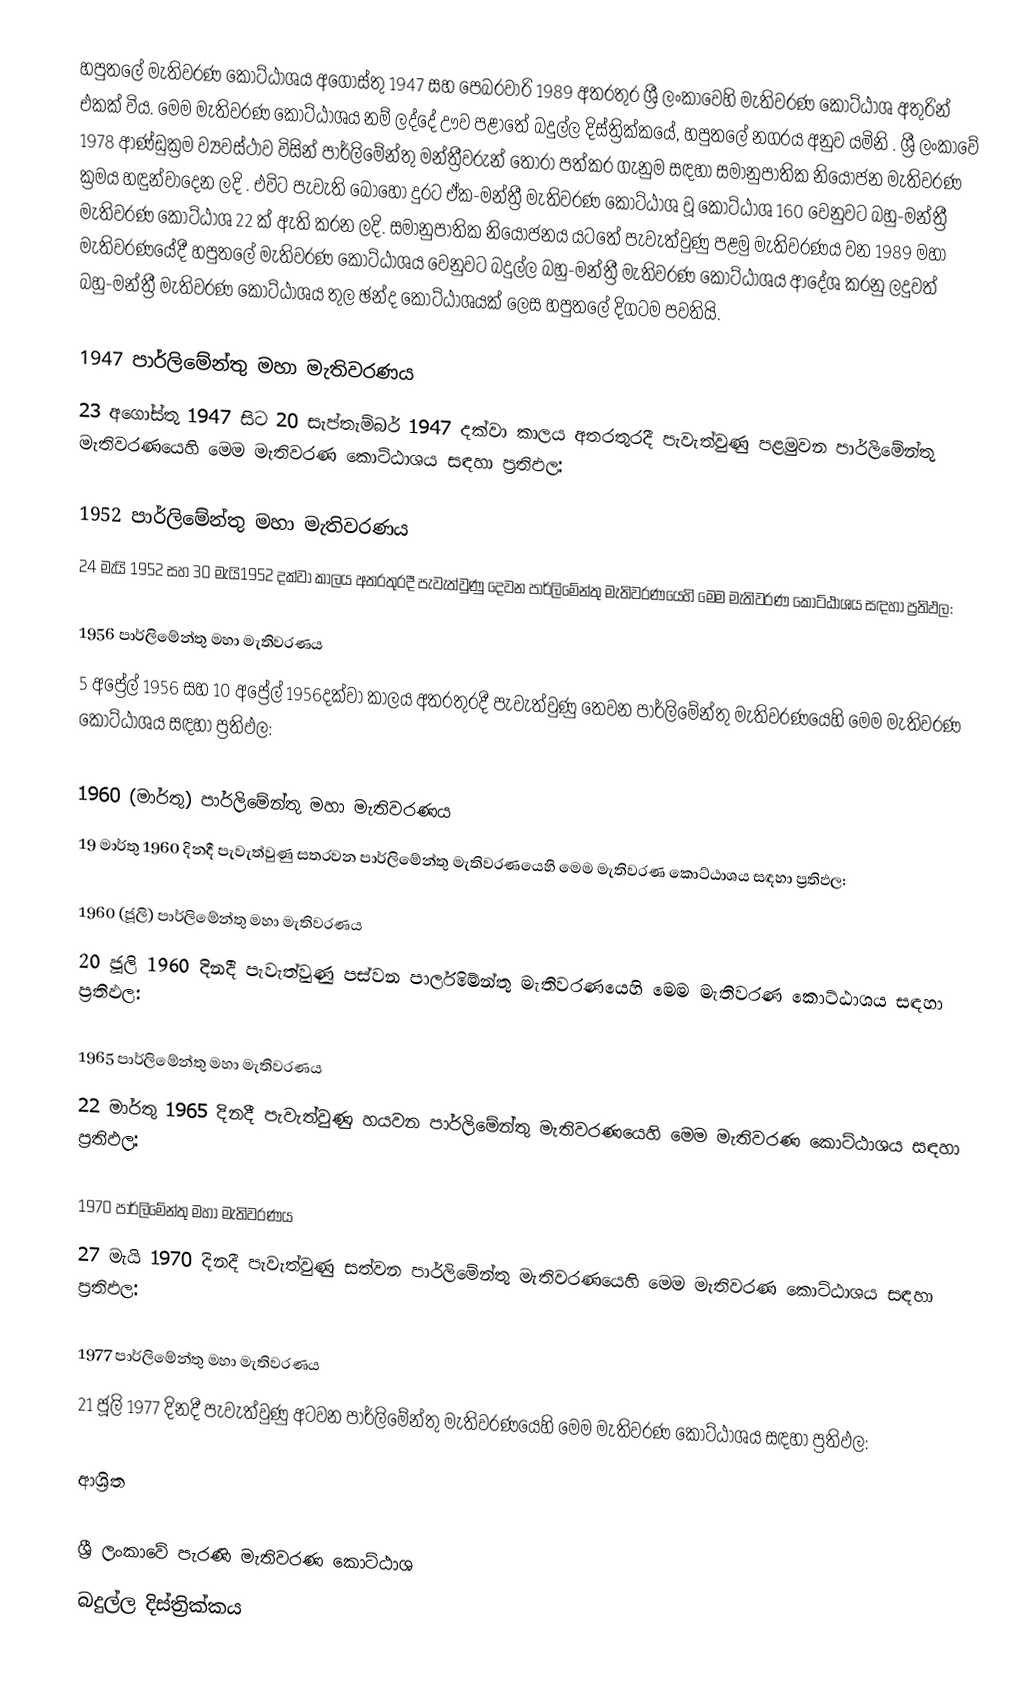
හපුතලේ මැතිවරණ කොට්ඨාශය  අගෝස්තු 1947 සහ පෙබරවාරි 1989 අතරතුර  ශ්‍රී ලංකාවෙහි  මැතිවරණ කොට්ඨාශ අතුරින් එකක් විය. මෙම මැතිවරණ කොට්ඨාශය නම් ලද්දේ  ඌව පළාතේ  බදුල්ල  දිස්ත්‍රික්කයේ,  හපුතලේ නගරය අනුව යමිනි . ශ්‍රී ලංකාවේ 1978 ආණ්ඩුක්‍රම ව්‍යවස්ථාව විසින්   පාර්ලිමේන්තු මන්ත්‍රීවරුන් තෝරා පත්කර ගැනුම සඳහා සමානුපාතික නියෝජන මැතිවරණ ක්‍රමය හඳුන්වාදෙන ලදි . එවිට පැවැති බොහෝ දුරට  ඒක-මන්ත්‍රී මැතිවරණ කොට්ඨාශ වූ කොට්ඨාශ 160 වෙනුවට බහු-මන්ත්‍රී මැතිවරණ කොට්ඨාශ 22 ක් ඇති කරන ලදි. සමානුපාතික නියෝජනය යටතේ පැවැත්වුණු  පළමු මැතිවරණය වන 1989 මහා මැතිවරණයේදී  හපුතලේ මැතිවරණ කොට්ඨාශය වෙනුවට  බදුල්ල  බහු-මන්ත්‍රී මැතිවරණ කොට්ඨාශය  ආදේශ කරනු ලදුවත් බහු-මන්ත්‍රී මැතිවරණ කොට්ඨාශය තුල ඡන්ද කොට්ඨාශයක් ලෙස හපුතලේ දිගටම පවතියි.

1947 පාර්ලිමේන්තු මහා මැතිවරණය
23 අගෝස්තු 1947 සිට 20 සැප්තැම්බර් 1947 දක්වා කාලය අතරතුරදී පැවැත්වුණු   පළමුවන පාර්ලිමේන්තු මැතිවරණයෙහි මෙම මැතිවරණ කොට්ඨාශය සඳහා ප්‍රතිඵල:

1952 පාර්ලිමේන්තු මහා මැතිවරණය
24 මැයි 1952 සහ 30 මැයි1952 දක්වා කාලය අතරතුරදී පැවැත්වුණු   දෙවන පාර්ලිමේන්තු මැතිවරණයෙහි මෙම මැතිවරණ කොට්ඨාශය සඳහා ප්‍රතිඵල:

1956 පාර්ලිමේන්තු මහා මැතිවරණය
5 අප්‍රේල් 1956 සහ 10 අප්‍රේල් 1956දක්වා කාලය අතරතුරදී පැවැත්වුණු   තෙවන පාර්ලිමේන්තු මැතිවරණයෙහි මෙම මැතිවරණ කොට්ඨාශය සඳහා ප්‍රතිඵල:

1960 (මාර්තු) පාර්ලිමේන්තු මහා මැතිවරණය
19 මාර්තු 1960 දිනදී පැවැත්වුණු   සතරවන පාර්ලිමේන්තු මැතිවරණයෙහි මෙම මැතිවරණ කොට්ඨාශය සඳහා ප්‍රතිඵල:

1960 (ජූලි) පාර්ලිමේන්තු මහා මැතිවරණය
20 ජූලි 1960 දිනදී පැවැත්වුණු   පස්වන පාර්ලිමේන්තු මැතිවරණයෙහි මෙම මැතිවරණ කොට්ඨාශය සඳහා ප්‍රතිඵල:

1965 පාර්ලිමේන්තු මහා මැතිවරණය
22 මාර්තු 1965  දිනදී පැවැත්වුණු   හයවන පාර්ලිමේන්තු මැතිවරණයෙහි මෙම මැතිවරණ කොට්ඨාශය සඳහා ප්‍රතිඵල:

1970 පාර්ලිමේන්තු මහා මැතිවරණය
27 මැයි 1970 දිනදී පැවැත්වුණු   සත්වන පාර්ලිමේන්තු මැතිවරණයෙහි මෙම මැතිවරණ කොට්ඨාශය සඳහා ප්‍රතිඵල:

1977 පාර්ලිමේන්තු මහා මැතිවරණය
21 ජූලි 1977 දිනදී පැවැත්වුණු   අටවන පාර්ලිමේන්තු මැතිවරණයෙහි මෙම මැතිවරණ කොට්ඨාශය සඳහා ප්‍රතිඵල:

ආශ්‍රිත

ශ්‍රී ලංකාවේ පැරණි මැතිවරණ කොට්ඨාශ
 බදුල්ල දිස්ත්‍රික්කය